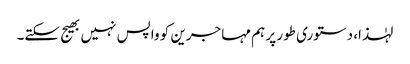
لہٰذا، دستوری طور پر ہم مہاجرین کو واپس نہیں بھیج سکتے۔